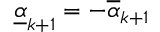
\underline { { \alpha } } _ { k + 1 } = - \overline { { \alpha } } _ { k + 1 }